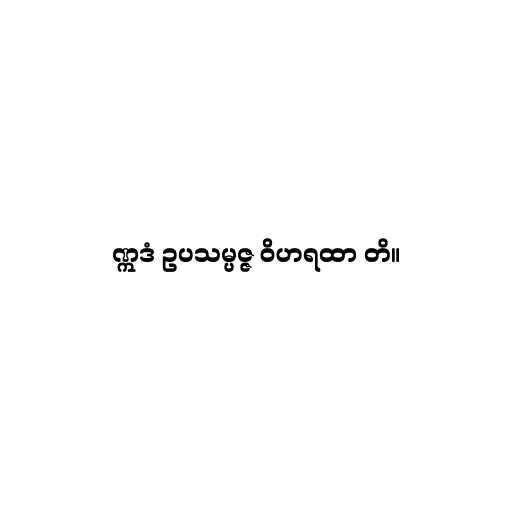
ဣဒံ ဥပသမ္ပဇ္ဇ ဝိဟရထာ တိ။